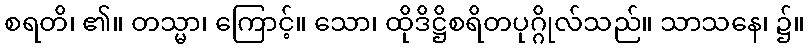
စရတိ၊ ၏။ တသ္မာ၊ ကြောင့်။ သော၊ ထိုဒိဋ္ဌိစရိတပုဂ္ဂိုလ်သည်။ သာသနေ၊ ၌။